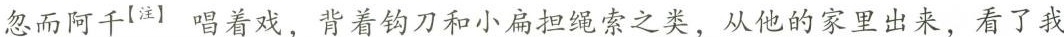
忽而阿千^{【注】}唱着戏，背着钩刀和小扁担绳索之类，从他的家里出来，看了我